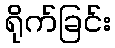
ရိုက်ခြင်း